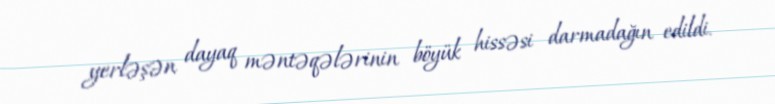
yerləşən dayaq məntəqələrinin böyük hissəsi darmadağın edildi.